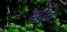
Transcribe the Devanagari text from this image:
खत्रि